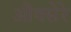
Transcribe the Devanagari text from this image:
औक्सेरे